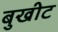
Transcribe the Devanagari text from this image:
बुखीट